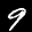
Label: 9